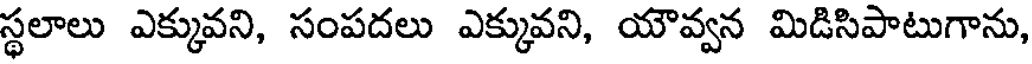
స్థలాలు ఎక్కువని, సంపదలు ఎక్కువని, యౌవ్వన మిడిసిపాటుగాను,